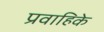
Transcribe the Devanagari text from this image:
प्रवाहिके